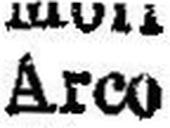
Arco